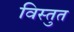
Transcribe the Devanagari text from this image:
विस्तुत